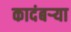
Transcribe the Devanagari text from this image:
कादंबऱ्‍या